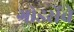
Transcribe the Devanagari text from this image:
गोडसेंचे